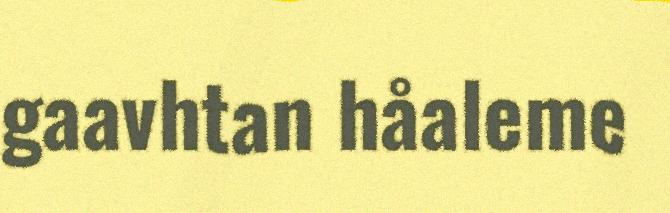
gaavhtan håaleme